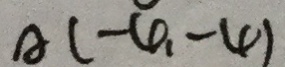
A ( - 4 , - 4 )